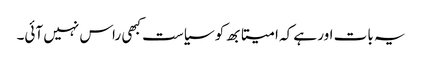
یہ بات اور ہے کہ امیتابھ کو سیاست کبھی راس نہیں آئی۔